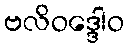
ဗလိဝဒ္ဒေါဝ